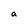
Character: a